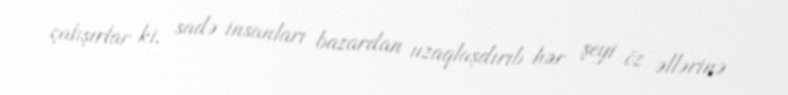
çalışırlar ki, sadə insanları bazardan uzaqlaşdırıb hər şeyi öz əllərinə